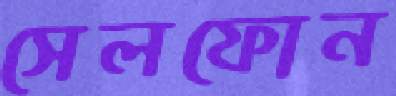
সেলফোন